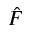
\hat { F }